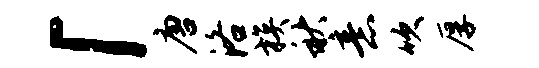
「唐洛族秋意吹厚